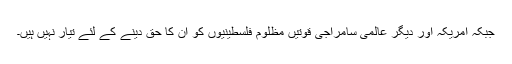
جبکہ امریکہ اور دیگر عالمی سامراجی قوتیں مظلوم فلسطینیوں کو ان کا حق دینے کے لئے تیار نہیں ہیں۔